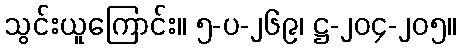
သွင်းယူကြောင်း။ ၅-ပ-၂၆၉၊ ဋ္ဌ-၂၀၄-၂၀၅။